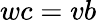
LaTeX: wc=vb